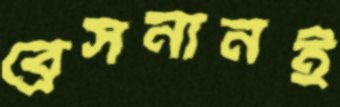
ব্রেসনানই